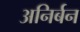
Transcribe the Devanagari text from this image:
अनिर्बन